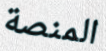
المنصة